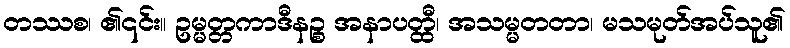
တဿစ၊ ၏၎င်း။ ဥမ္မတ္တကာဒီနဉ္စ အနာပတ္ထီ၊ အသမ္မတတာ၊ မသမုတ်အပ်သူ၏